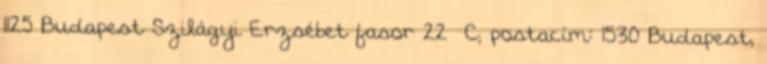
1125 Budapest Szilágyi Erzsébet fasor 22 C; postacím: 1530 Budapest,